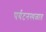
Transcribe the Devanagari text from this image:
पर्यटनस्थळात